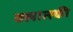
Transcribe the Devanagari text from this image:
क्लात्स्की